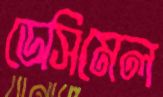
ডেসিমেল